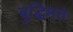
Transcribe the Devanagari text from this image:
बुद्धिमत